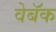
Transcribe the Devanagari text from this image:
वेबॅक